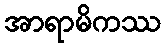
အာရာမိကဿ